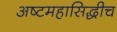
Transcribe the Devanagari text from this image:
अष्टमहासिद्धीच